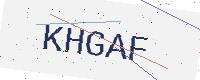
Text: KHGAF